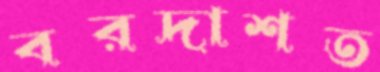
বরদাশত